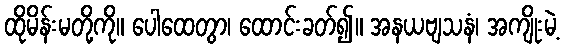
ထိုမိန်းမတို့ကို။ ပေါထေတွာ၊ ထောင်းခတ်၍။ အနယဗျသနံ၊ အကျိုးမဲ့